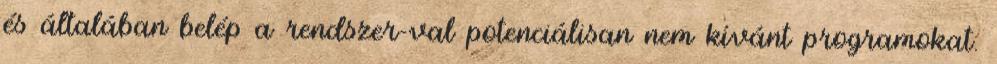
és általában belép a rendszer-val potenciálisan nem kívánt programokat.